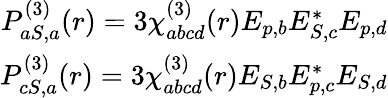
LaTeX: \begin{array}{r}{P_{aS,a}^{(3)}(r)=3\chi_{abcd}^{(3)}(r)E_{p,b}E_{S,c}^{*}E_{p,d}}\\ {P_{cS,a}^{(3)}(r)=3\chi_{abcd}^{(3)}(r)E_{S,b}E_{p,c}^{*}E_{S,d}}\end{array}